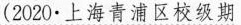
(2020·上海青浦区校级期